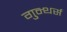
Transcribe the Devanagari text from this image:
गुन्थर्स